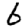
Digit: 6